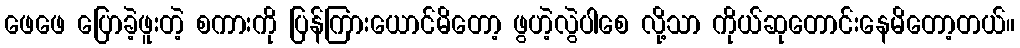
ဖေဖေ ပြောခဲ့ဖူးတဲ့ စကားကို ပြန်ကြားယောင်မိတော့ ဖွဟဲ့လွဲပါစေ လို့သာ ကိုယ်ဆုတောင်းနေမိတော့တယ်။